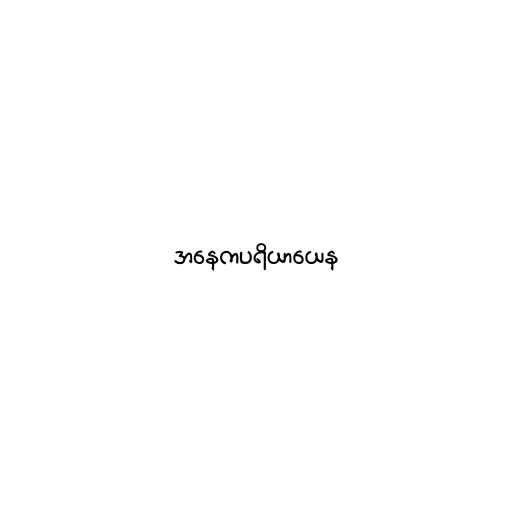
အနေကပရိယာယေန